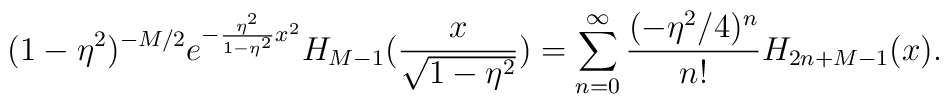
(1-\eta^2)^{-M/2}e^{-{\eta^2\over{1-\eta^2}}x^2}	 H_{M-1}({x\over\sqrt{1-\eta^2}})	  = \sum_{n=0}^\infty{(-\eta^2/4)^n\over{n!}}H_{2n+M-1}(x).